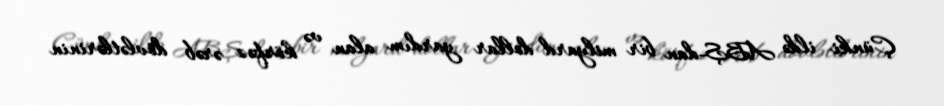
Çünki ildə ABŞ-dan bir milyard dollar yardım alan və körfəz ərəb dövlətlərinin